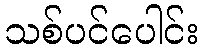
သစ်ပင်ပေါင်း